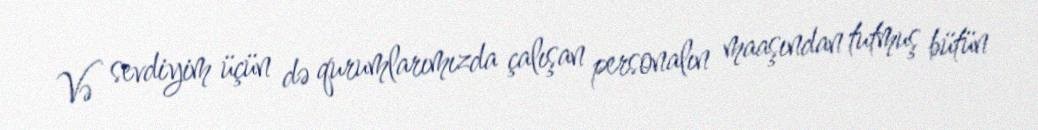
Və sevdiyim üçün də qurumlarımızda çalışan personalın maaşından tutmuş bütün